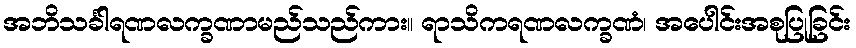
အဘိသင်္ခါရဏလက္ခဏာမည်သည်ကား။ ရာသိကရဏလက္ခဏံ၊ အပေါင်းအစုပြုခြင်း